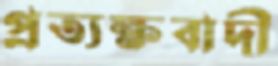
প্রত্যক্ষবাদী